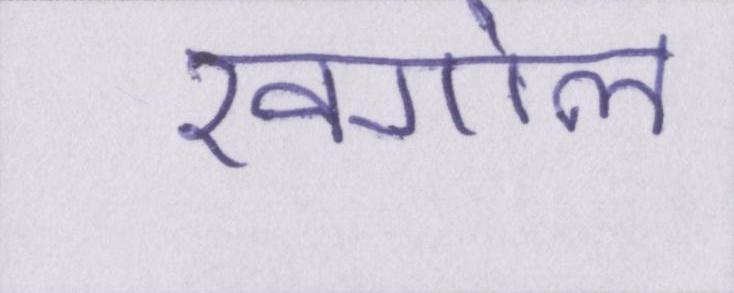
खगोल